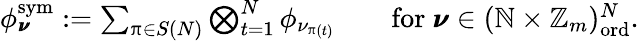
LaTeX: \begin{array}{r}{\phi_{\pmb{\nu}}^{\mathrm{sym}}:=\sum_{\uppi\in S(N)}\bigotimes_{t=1}^{N}\phi_{\nu_{\uppi(t)}}\qquad\mathrm{for}~\pmb{\nu}\in(\mathbb{N}\times\mathbb{Z}_{m})_{\mathrm{ord}}^{N}.}\end{array}